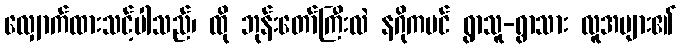
လျှောက်ထားသင့်ပါသည်၊ ထို ဘုန်းတော်ကြီးလဲ နဂိုကပင် ရွာသူ-ရွာသား လူအများ၏